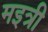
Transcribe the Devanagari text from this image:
मइत्री